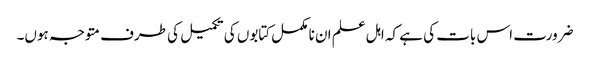
ضرورت اس بات کی ہے کہ اہل علم ان نا مکمل کتابوں کی تکمیل کی طرف متوجہ ہوں۔